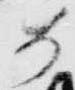
如